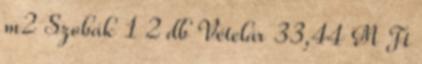
m2 Szobák 1 2 db Vételár 33,44 M Ft